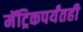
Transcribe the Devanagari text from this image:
मॅट्रिकपर्यंतही